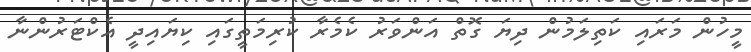
މީހުން މަރައި ކަތިލަމުން ދިޔަ ގޮތް އަންވަރު ކެމެރާ ކުރިމަތީގައި ކިޔައިދީ އެކްޓަރުންނާ